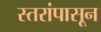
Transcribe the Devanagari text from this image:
स्तरांपासून